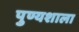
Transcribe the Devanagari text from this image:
पुण्यशाला